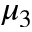
\mu _ { 3 }